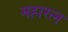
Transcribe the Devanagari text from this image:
महारत्‍न